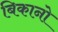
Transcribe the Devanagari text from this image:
बिकानो